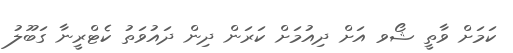
ކަމަށް ވާތީ ޝޯވ އަށް ދިއުމަށް ކަރަން ދިން ދައުވަތު ކެޓްރީނާ ގަބޫލު